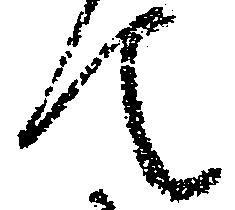
て